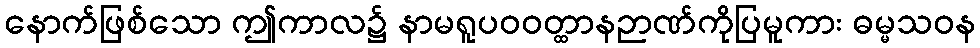
နောက်ဖြစ်သော ဤကာလ၌ နာမရူပဝဝတ္ထာနဉာဏ်ကိုပြမူကား ဓမ္မသဝန